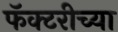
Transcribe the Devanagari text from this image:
फॅक्टरीच्या